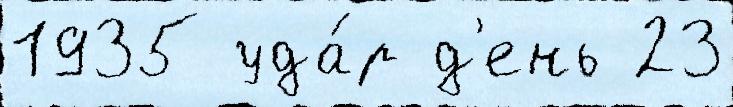
1935 уда́р д'ень 23